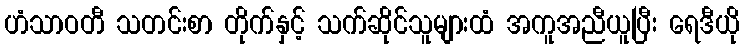
ဟံသာဝတီ သတင်းစာ တိုက်နှင့် သက်ဆိုင်သူများထံ အကူအညီယူပြီး ရေဒီယို